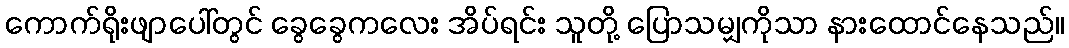
ကောက်ရိုးဖျာပေါ်တွင် ခွေခွေကလေး အိပ်ရင်း သူတို့ ပြောသမျှကိုသာ နားထောင်နေသည်။